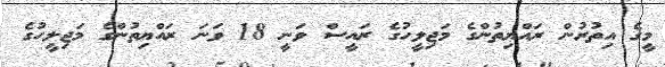
މީގެ އިތުރުން ރައްޔިތުންގެ މަޖިލީހުގެ ރައީސް ވަނީ 18 ވަނަ ރައްޔިތުންގެ މަޖިލީހުގެ